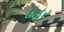
ઘહર